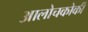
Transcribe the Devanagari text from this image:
आलोचकोकी